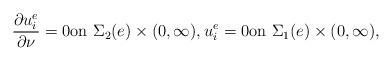
LaTeX: \begin{align*}\frac{\partial u^e_i}{\partial \nu}= 0 \text{on $\Sigma_2(e) \times (0,\infty)$},u^e_i= 0 \text{on $\Sigma_1(e) \times (0,\infty)$,}\end{align*}